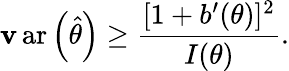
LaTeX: \operatorname{\mathbf{v}ar}\left({\hat{{\theta}}}\right)\geq{\frac{{[1+b^{\prime}(\theta)]^{2}}}{{I(\theta)}}}.